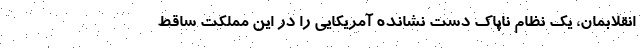
انقلابمان، یک نظام ناپاک دست نشانده آمریکایی را در این مملکت ساقط